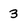
Character: 3